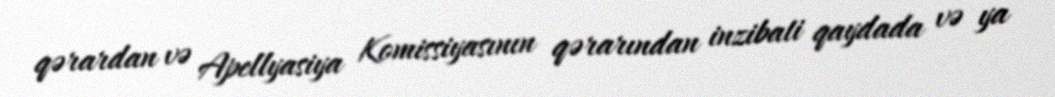
qərardan və Apellyasiya Komissiyasının qərarından inzibati qaydada və ya